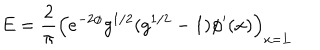
E = { \frac { 2 } { \pi } } \left( e ^ { - 2 \phi } g ^ { 1 / 2 } ( g ^ { 1 / 2 } - 1 ) \phi ^ { \prime } ( x ) \right) _ { x = L }